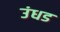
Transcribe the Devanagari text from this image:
उंधड